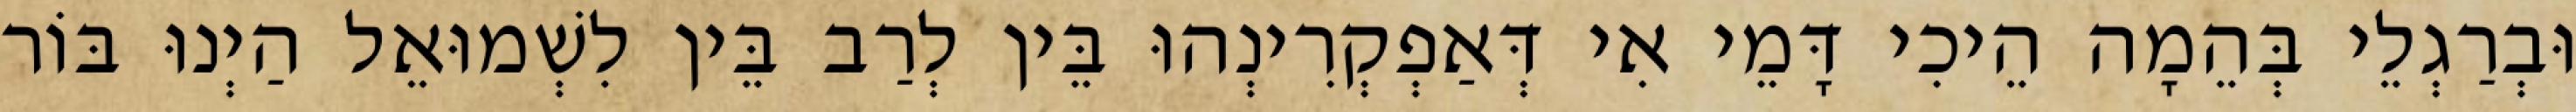
וּבְרַגְלֵי בְּהֵמָה הֵיכִי דָּמֵי אִי דְּאַפְקְרִינְהוּ בֵּין לְרַב בֵּין לִשְׁמוּאֵל הַיְנוּ בּוֹר